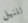
للنيل